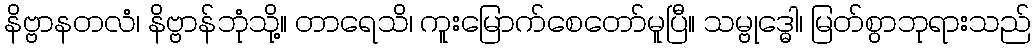
နိဗ္ဗာနတလံ၊ နိဗ္ဗာန်ဘုံသို့။ တာရေသိ၊ ကူးမြောက်စေတော်မူပြီ။ သမ္ဗုဒ္ဓေါ၊ မြတ်စွာဘုရားသည်